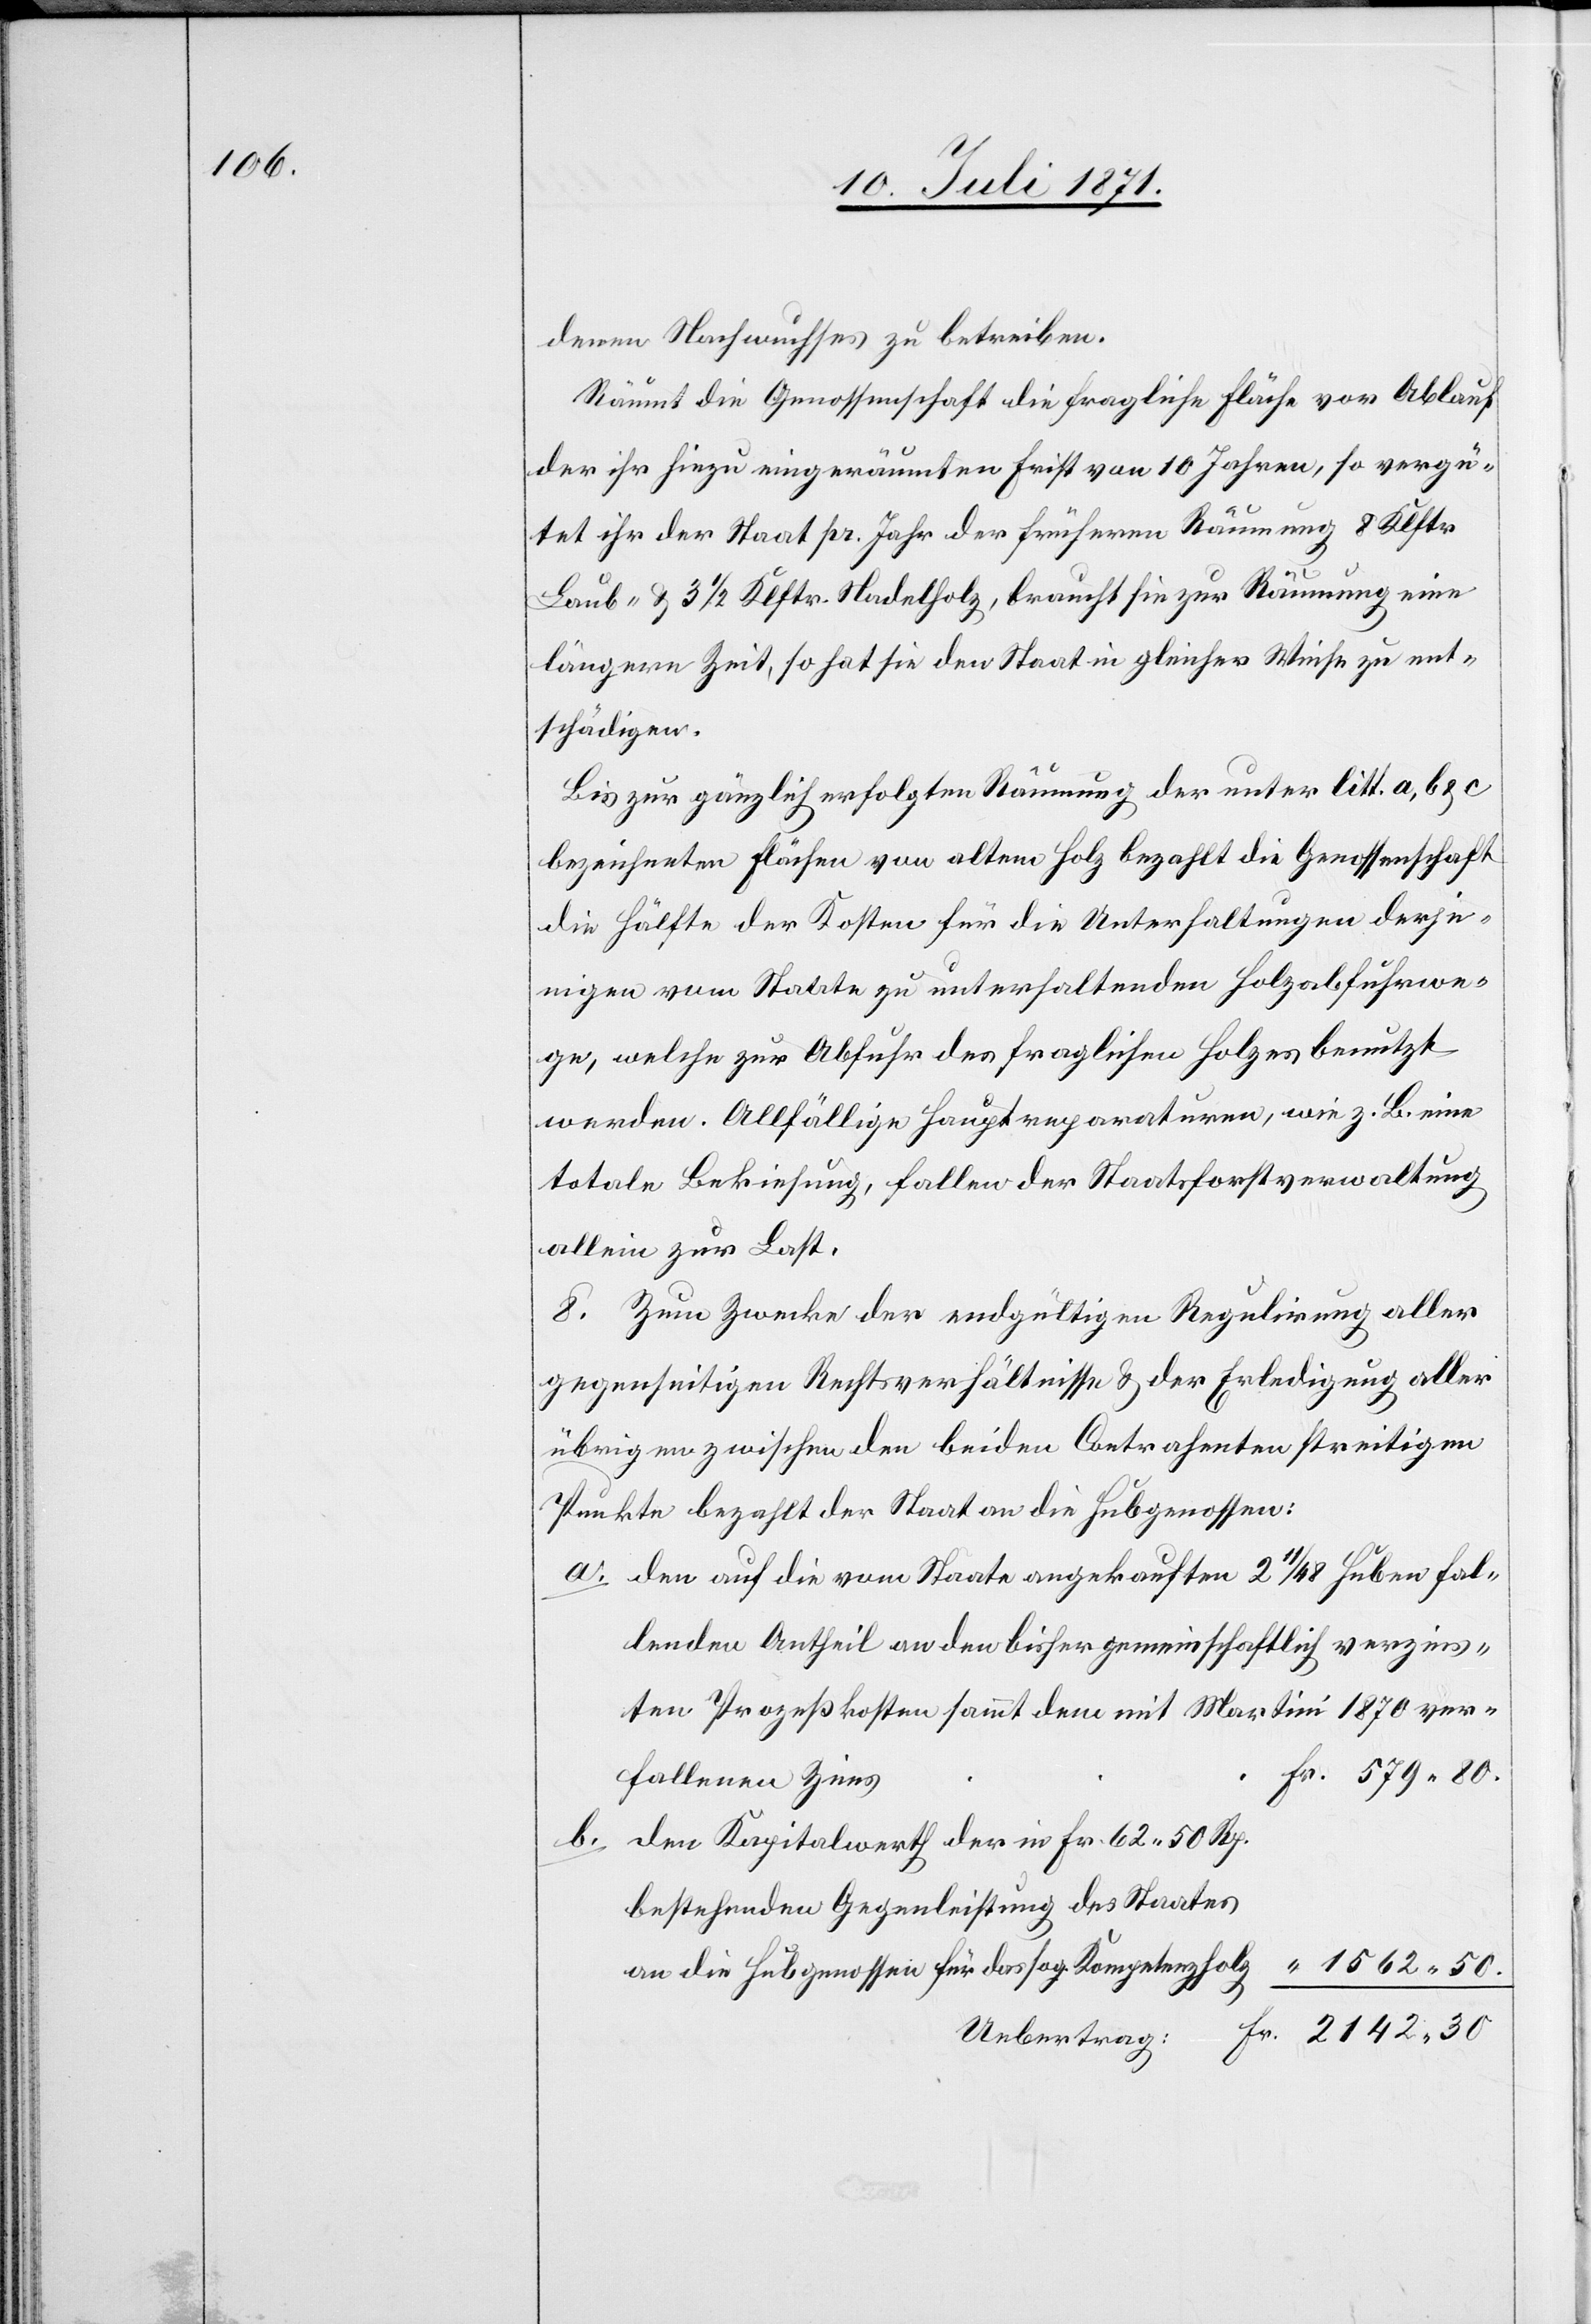
denen Nachwuchses zu betreiben.
Räumt die Genossenschaft die fragliche Fläche vor Ablauf
der ihr hiezu eingeräumten Frist von 10 Jahren, so vergü¬
tet ihr der Staat pr. Jahr der früheren Räumung 8 Klftr
Laub- u. 3 1/2 Klftr. Nadelholz, braucht sie zur Räumung eine
längere Zeit, so hat sie den Staat in gleicher Weise zu ent¬
schädigen.
Bis zur gänzlich erfolgten Räumung der unter litt. a, b u. c
bezeichneten Flächen von altem Holz bezahlt die Genossenschaft
die Hälfte der Kosten für die Unterhaltungen derje¬
nigen vom Staate zu unterhaltenden Holzabführwe¬
ge, welche zur Abfuhr des fraglichen Holzes benutzt
werden. Allfällige Hauptreparaturen, wie z. B. eine
totale Bekiesung, fallen der Staatsforstverwaltung
allein zur Last.
8. Zum Zwecke der endgültigen Regulirung aller
gegenseitigen Rechtsverhältnisse u. der Erledigung aller
übrigen zwischen den beiden Contrahenten streitigen
Punkte bezahlt der Staat an die Hubgenossen:
den auf die vom Staate angekauften 2 11/48 Huben fal¬
lenden Antheil an den bisher gemeinschaftlich verzins¬
ten Prozeßkosten sammt dem mit Martini 1870 ver¬
fallenen Zins
den Kapitalwerth der in Fr. 62.50 Rp.
bestehenden Gegenleistung des Staates
1562.50.
an die Hubgenossen für das sog. Kompetenzholz